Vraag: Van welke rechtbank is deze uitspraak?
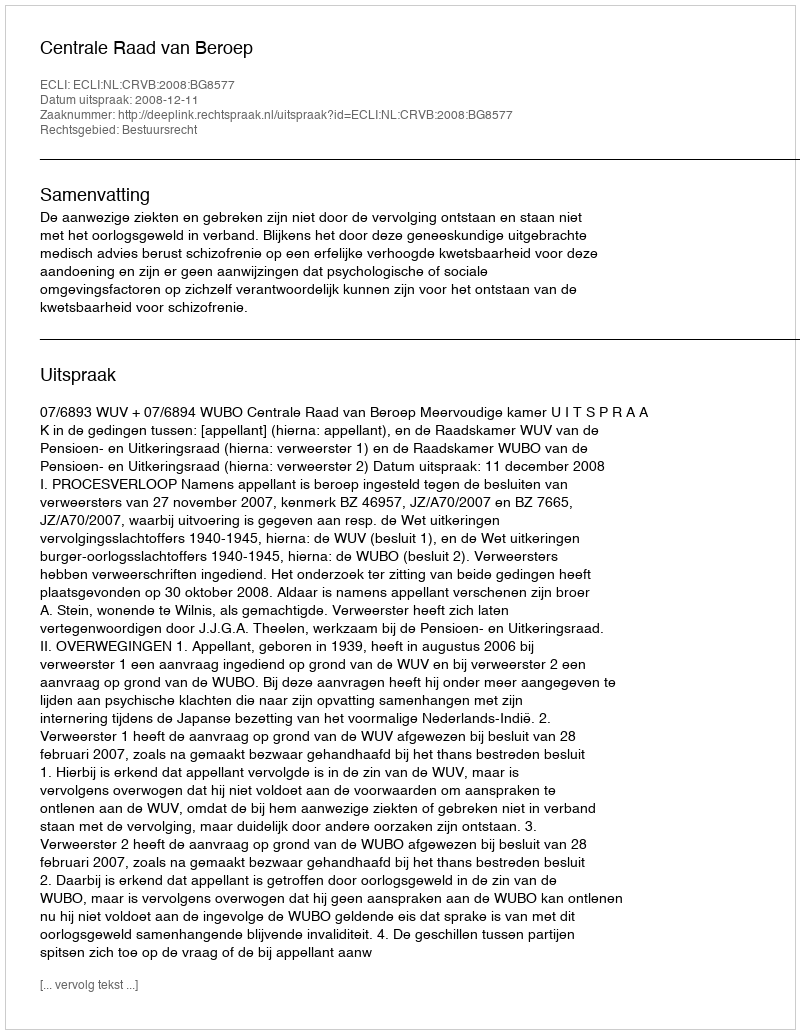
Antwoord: Centrale Raad van Beroep